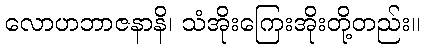
လောဟဘာဇနာနိ၊ သံအိုးကြေးအိုးတို့တည်း။